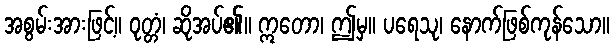
အစွမ်းအားဖြင့်။ ဝုတ္တံ၊ ဆိုအပ်၏။ ဣတော၊ ဤမှ။ ပရေသု၊ နောက်ဖြစ်ကုန်သော။